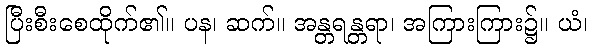
ပြီးစီးစေထိုက်၏။ ပန၊ ဆက်။ အန္တရန္တရာ၊ အကြားကြား၌။ ယံ၊